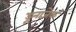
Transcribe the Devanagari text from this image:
डूनाजेक